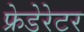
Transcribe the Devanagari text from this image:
फ्रेडेरेटर